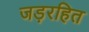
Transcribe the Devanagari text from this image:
जड़रहित